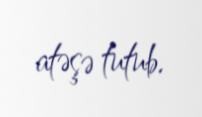
atəşə tutub.